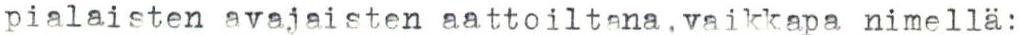
pialaisten avajaisten aattoiltana,vaikkapa nimellä: